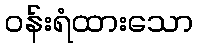
ဝန်းရံထားသော